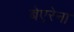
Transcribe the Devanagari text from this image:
बेएरेना